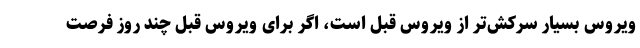
ویروس بسیار سرکش‌تر از ویروس قبل است، اگر برای ویروس قبل چند روز فرصت